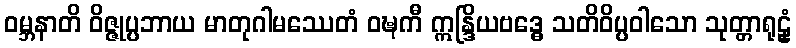
ဝမ္ဘနာတိ ဝိဇ္ဇုပ္ပဘာယ မာတုဂါမဿေတံ ဝဍ္ဎကီ ဣန္ဒြိယဗဒ္ဓေ သတိဝိပ္ပဝါသော သုတ္တာရုဠှံ